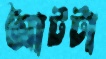
আটটা